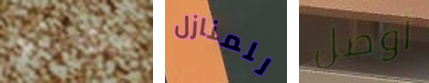
ستحبينها للمنازل أوصل